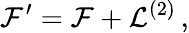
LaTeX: {\cal F}^{\prime}={\cal F}+{\cal L}^{(2)}\, ,